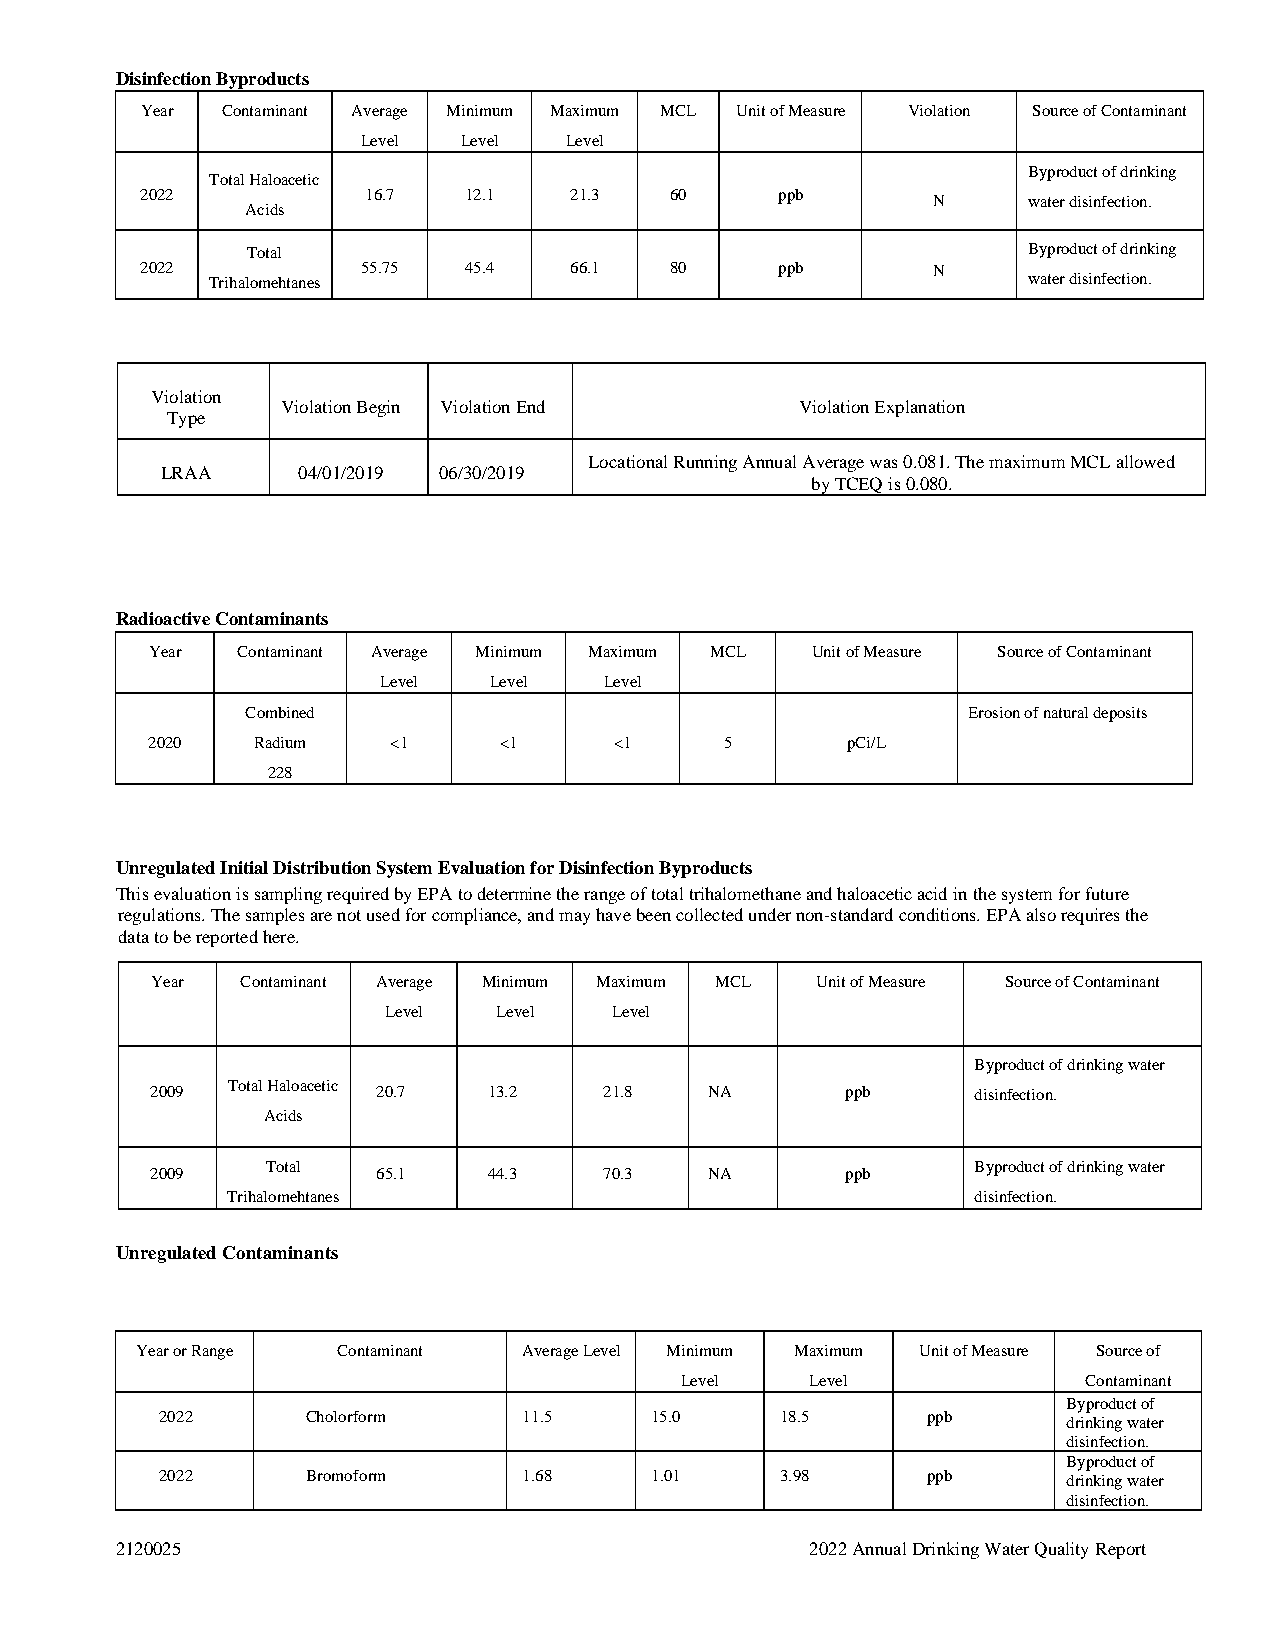
Disinfection Byproducts
 Year  Contaminant Average Minimum Maximum MCL Unit of Measure Violation Source of Contaminant
 Level Level  Level
 Byproduct of drinking
 Total Haloacetic
 2022           16.7   12.1   21.3  60      ppb
 N     water disinfection.
 Acids
 Total                                               Byproduct of drinking
 2022           55.75  45.4   66.1  80      ppb       N
 Trihalomehtanes                                       water disinfection.
 Violation
 Violation Begin Violation End     Violation Explanation
 Type
 Locational Running Annual Average was 0.081. The maximum MCL allowed
 LRAA     04/01/2019 06/30/2019
 by TCEQ is 0.080.
 Radioactive Contaminants
 Year  Contaminant Average Minimum Maximum MCL Unit of Measure Source of Contaminant
 Level  Level   Level
 Combined                                        Erosion of natural deposits
 2020   Radium   <1     <1      <1     5       pCi/L
 228
 Unregulated Initial Distribution System Evaluation for Disinfection Byproducts
 This evaluation is sampling required by EPA to determine the range of total trihalomethane and haloacetic acid in the system for future
 regulations. The samples are not used for compliance, and may have been collected under non-standard conditions. EPA also requires the
 data to be reported here.
 Year  Contaminant Average Minimum Maximum MCL Unit of Measure Source of Contaminant
 Level   Level   Level
 Byproduct of drinking water
 Total Haloacetic
 2009           20.7   13.2    21.8   NA       ppb      disinfection.
 Acids
 Total                                          Byproduct of drinking water
 2009           65.1   44.3    70.3   NA       ppb
 Trihalomehtanes                                   disinfection.
 Unregulated Contaminants
 Year or Range Contaminant Average Level Minimum Maximum Unit of Measure Source of
 Level    Level             Contaminant
 Byproduct of
 2022     Cholorform     11.5    15.0     18.5     ppb       drinking water
 disinfection.
 Byproduct of
 2022     Bromoform      1.68    1.01     3.98     ppb       drinking water
 disinfection.
 2120025                                       2022 Annual Drinking Water Quality Report